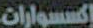
إكسسوارات